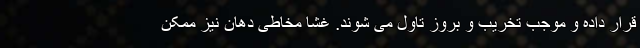
قرار داده و موجب تخریب و بروز تاول می شوند. غشا مخاطی دهان نیز ممکن